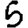
Digit: 5